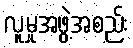
လူမှုအဖွဲ့အစည်း